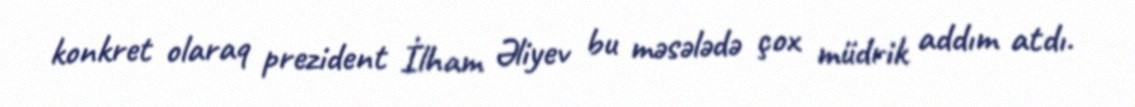
konkret olaraq prezident İlham Əliyev bu məsələdə çox müdrik addım atdı.